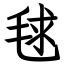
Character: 毬